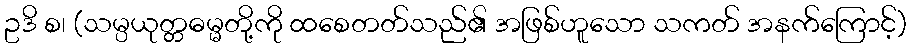
ဥဒိ စ၊ (သမ္ပယုတ္တဓမ္မတို့ကို ထစေတတ်သည်၏ အဖြစ်ဟူသော သကတ် အနက်ကြောင့်)